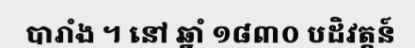
បារាំង ។ នៅ ឆ្នាំ ១៨៣០ បដិវត្តន៍